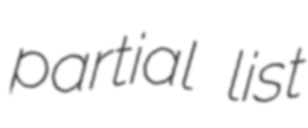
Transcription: partial list